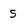
Character: 5